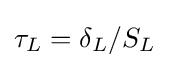
\tau _{L}=\delta _{L}/S_{L}